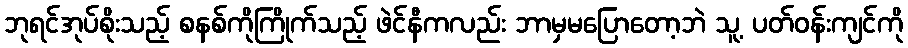
ဘုရင်အုပ်စိုးသည့် စနစ်ကိုကြိုက်သည့် ဖဲင်နီကလည်း ဘာမှမပြောတော့ဘဲ သူ့ ပတ်ဝန်းကျင်ကို